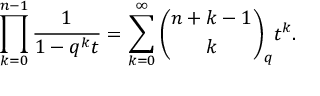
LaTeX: \prod _ { k = 0 } ^ { n - 1 } { \frac { 1 } { 1 - q ^ { k } t } } = \sum _ { k = 0 } ^ { \infty } { \binom { n + k - 1 } { k } } _ { q } t ^ { k } .